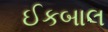
ઈકબાલ